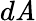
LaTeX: d\mathit{A}